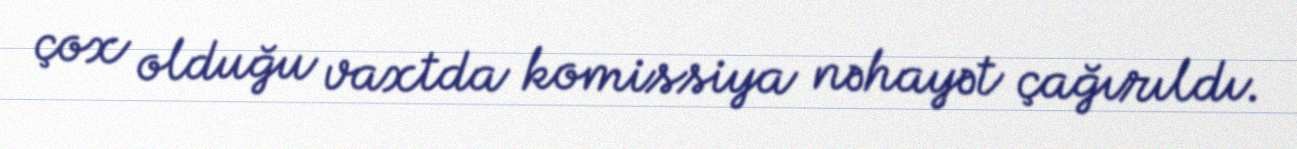
çox olduğu vaxtda komissiya nəhayət çağırıldı.